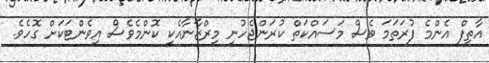
އާތިފް އެންމެ ފުރަތަމަ ވެސް މަސައްކަތް ކުރަންޖެހުނީ މިރްޒާނާއެކީ ކޮންމެވެސް އިވެންޓަކަށް ގޮހެވެ.